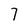
Character: 7